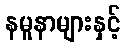
နမူနာများနှင့်